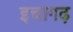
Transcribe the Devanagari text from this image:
इचागढ़